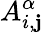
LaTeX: A_{i,\mathbf{j}}^{\alpha}